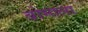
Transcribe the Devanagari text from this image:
बोमाला